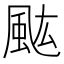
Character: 𩖢